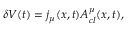
\delta V ( t ) = j _ { \mu } ( x , t ) A _ { c l } ^ { \mu } ( x , t ) ,